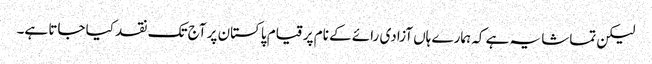
لیکن تماشا یہ ہے کہ ہمارے ہاں آزادی رائے کے نام پر قیام پاکستان پر آج تک نقد کیا جاتا ہے۔